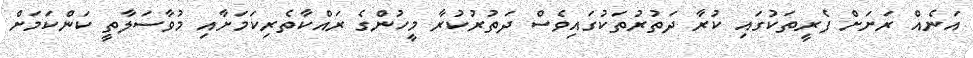
އަނެއް ރަށަށް ފެރީތަކުގައި ކުރާ ދަތުރުތަކުގައިވެސް ދަތުރުކުރާ މީހުންގެ ރައްކާތެރިކަމަށާއި މުވާސަލާތީ ކަންކަމަށް